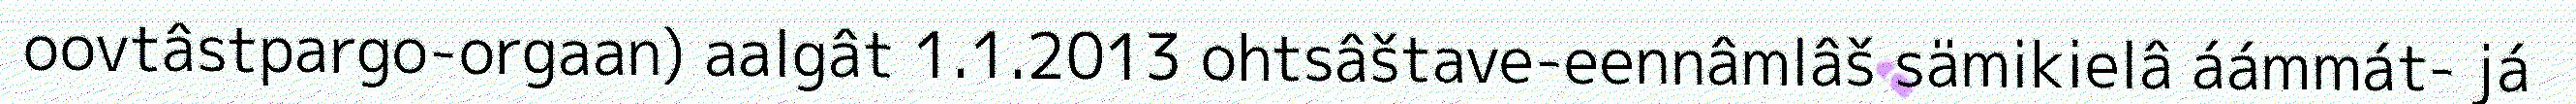
oovtâstpargo-orgaan) aalgât 1.1.2013 ohtsâštave-eennâmlâš sämikielâ áámmát- já